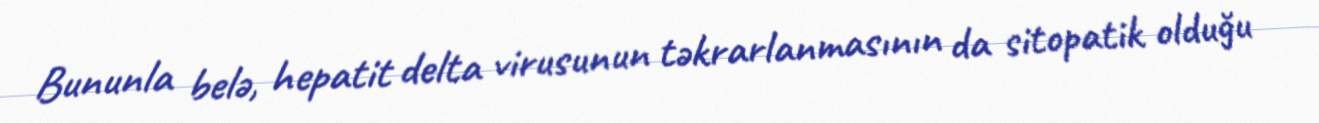
Bununla belə, hepatit delta virusunun təkrarlanmasının da sitopatik olduğu